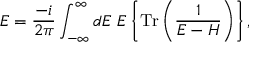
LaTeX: { \cal E } = \frac { - i } { 2 \pi } \int _ { - \infty } ^ { \infty } d E ~ E \left\{ \mathrm { T r } \left( \frac { 1 } { E - H } \right) \right\} ,